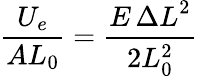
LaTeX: {\frac{U_{e}}{AL_{0}}}={\frac{E\, {\Delta L}^{2}}{2L_{0}^{2}}}